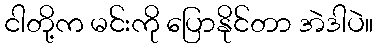
ငါတို့က မင်းကို ပြောနိုင်တာ အဲဒါပဲ။